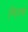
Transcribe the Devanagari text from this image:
मिक्‍स